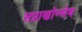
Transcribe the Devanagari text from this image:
सप्राणोन्मेष